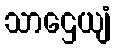
သာဌေယျံ